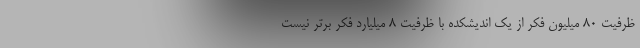
ظرفيت 80 ميليون فكر از يك انديشكده با ظرفيت 8 ميليارد فكر برتر نيست